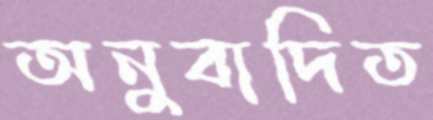
অনুবাদিত